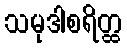
သမုဒါစရိတ္ထ